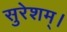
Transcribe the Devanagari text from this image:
सुरेशम्।